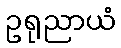
ဥရုညာယံ